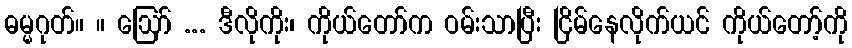
ဓမ္မဂုတ်။ ။ ဩော် ... ဒီလိုကိုး၊ ကိုယ်တော်က ဝမ်းသာပြီး ငြိမ်နေလိုက်ယင် ကိုယ်တော့်ကို